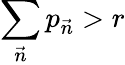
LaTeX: \sum_{\vec{n}}p_{\vec{n}}>r